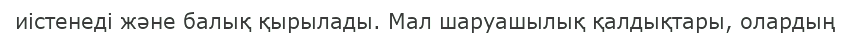
иістенеді және балық қырылады. Мал шаруашылық қалдықтары, олардың